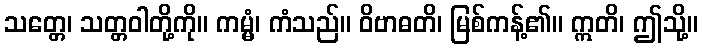
သတ္တေ၊ သတ္တဝါတို့ကို။ ကမ္မံ၊ ကံသည်။ ဝိဗာဓတိ၊ မြစ်ကန့်၏။ ဣတိ၊ ဤသို့။